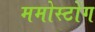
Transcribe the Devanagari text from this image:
ममोस्टोंग